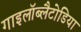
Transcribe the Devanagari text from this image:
गाइलॉब्लैटोडिया